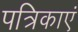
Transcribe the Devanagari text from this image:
पत्रिकाएं